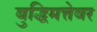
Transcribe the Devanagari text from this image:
बुद्धिमत्तेवर